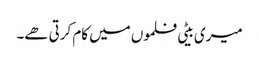
میری بیٹی فلموں میں کام کرتی ھے۔